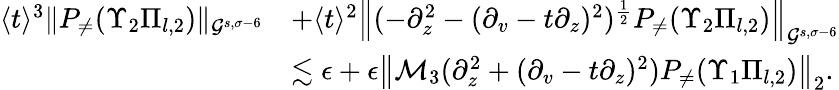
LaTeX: \begin{array}{rl}{\langle t\rangle^{3}\| P_{\neq}(\Upsilon_{2}\Pi_{l,2})\| _{\mathcal{G}^{s,\sigma-6}}}&{+\langle t\rangle^{2}\left\| (-\partial_{z}^{2}-(\partial_{v}-t\partial_{z})^{2})^{\frac 12}P_{\neq}(\Upsilon_{2}\Pi_{l,2})\right\| _{\mathcal{G}^{s,\sigma-6}}}\\ &{\lesssim\epsilon+\epsilon\left\| \mathcal{M}_{3}(\partial_{z}^{2}+(\partial_{v}-t\partial_{z})^{2})P_{\neq}(\Upsilon_{1}\Pi_{l,2})\right\| _{2}.}\end{array}